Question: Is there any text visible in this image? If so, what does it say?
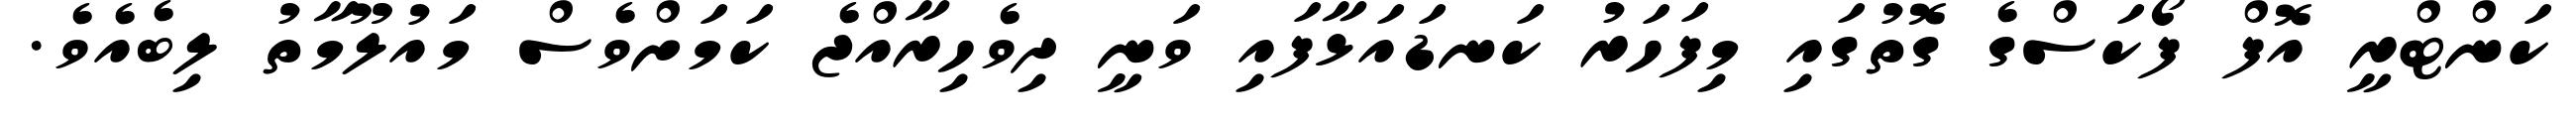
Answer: ކަންޓްރީ އޮފް ފޯކަސްގެ ގޮތުގައި މިފަހަރު ކަނޑައަޅާފައި ވަނީ ދިވެހިރާއްޖެ ކަމަށްވެސް މައުލޫމާތު ލިބެއެވެ.